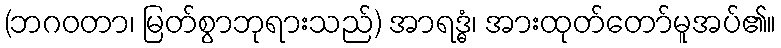
(ဘဂဝတာ၊ မြတ်စွာဘုရားသည်) အာရဒ္ဓံ၊ အားထုတ်တော်မူအပ်၏။